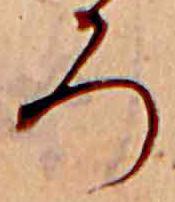
ろ